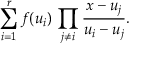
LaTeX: \sum _ { i = 1 } ^ { r } f ( u _ { i } ) \, \prod _ { j \ne i } \frac { x - u _ { j } } { u _ { i } - u _ { j } } .